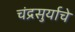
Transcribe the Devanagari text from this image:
चंद्रसुर्याचे